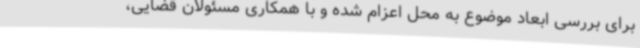
برای بررسی ابعاد موضوع به محل اعزام شده و با همکاری مسئولان قضایی،